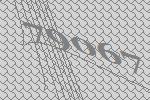
79067